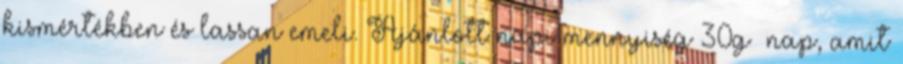
kismértékben és lassan emeli. Ajánlott napi mennyiség 30g nap, amit